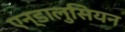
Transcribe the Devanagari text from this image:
एन्डालुसियन